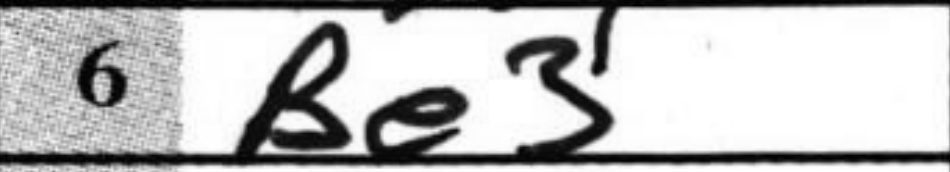
Transcription: Be3